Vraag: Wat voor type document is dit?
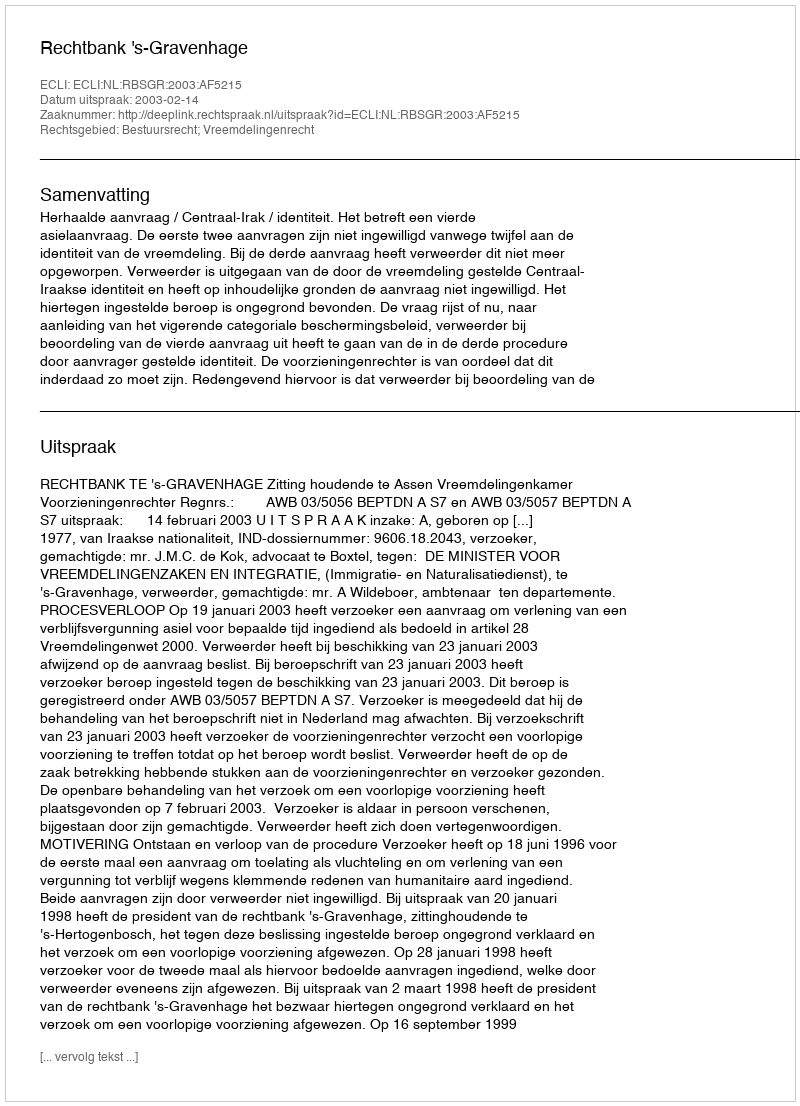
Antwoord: Uitspraak